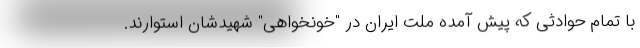
با تمام حوادثی که پیش آمده ملت ایران در "خونخواهی" شهیدشان استوارند.